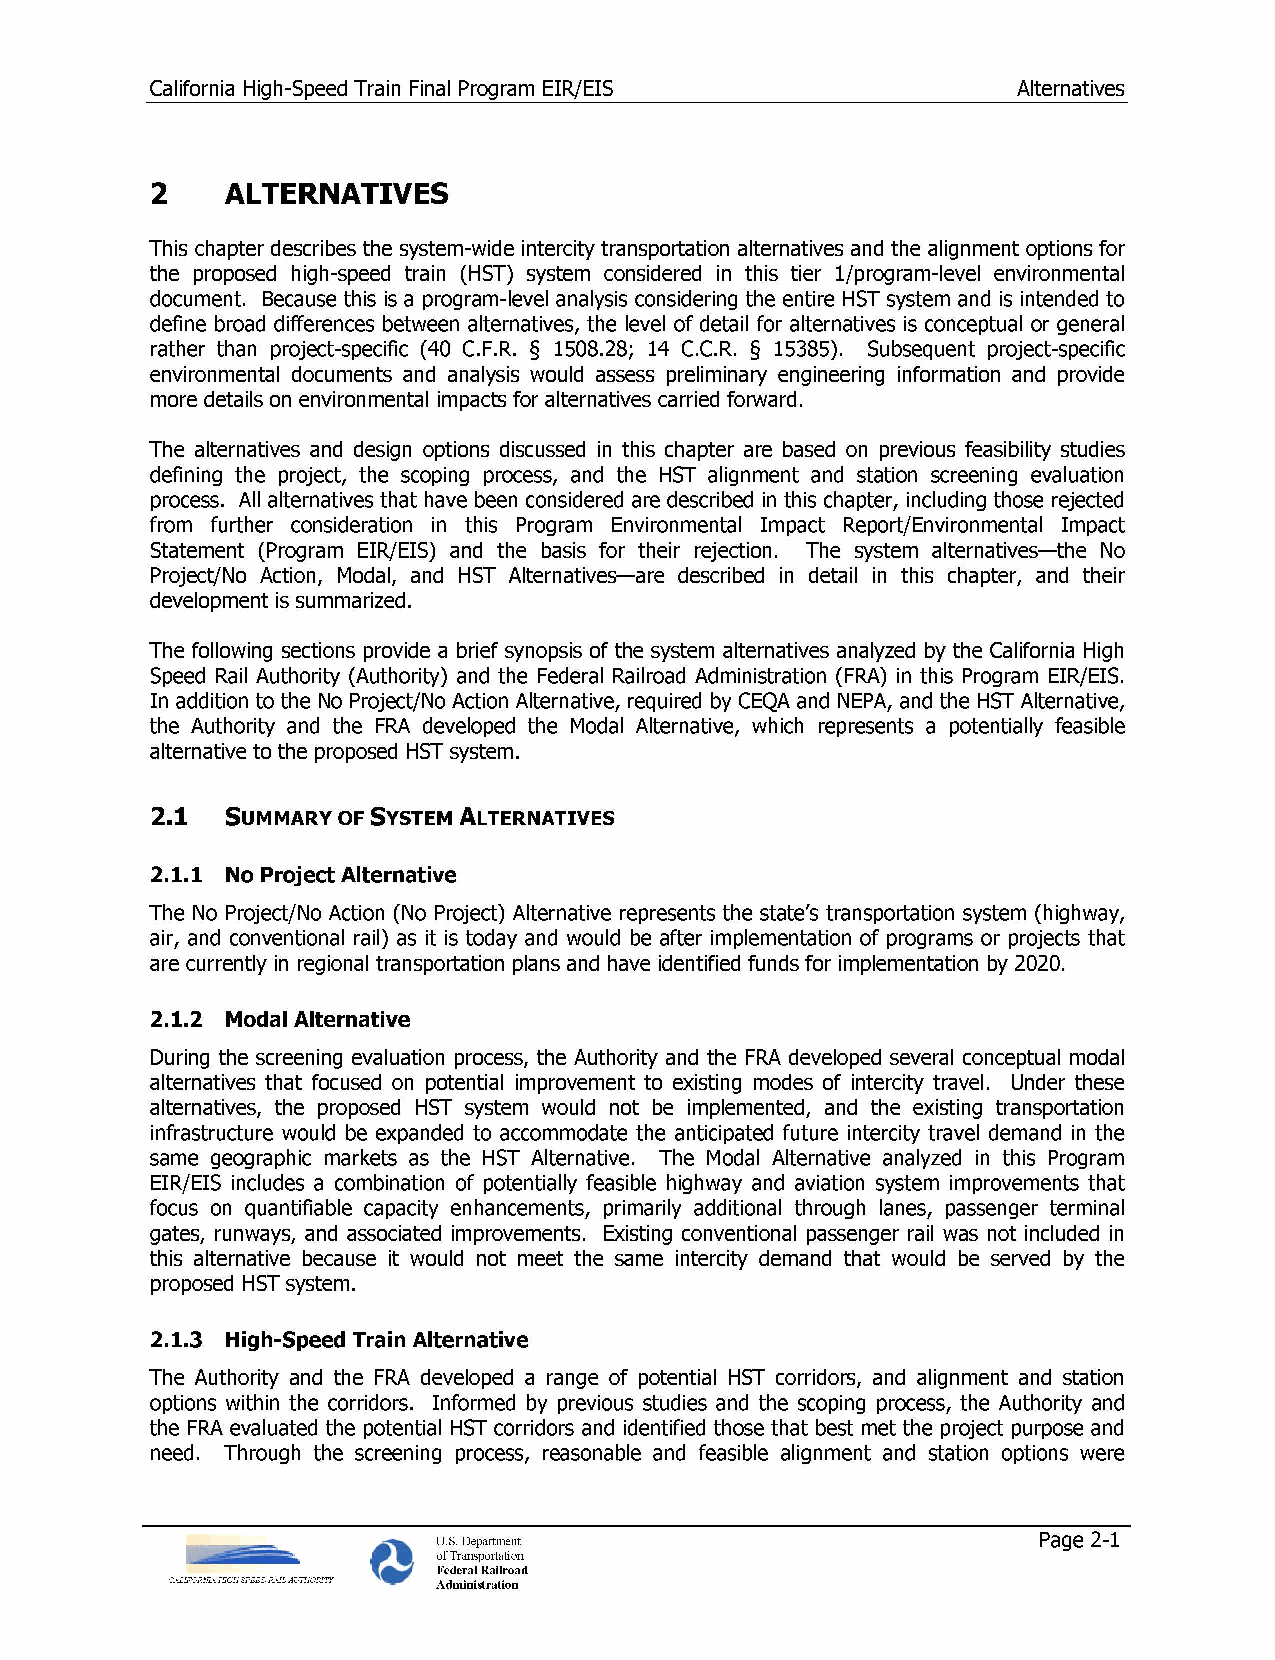
California High-Speed Train Final Program EIR/EIS        Alternatives
 2    ALTERNATIVES
 This chapter describes the system-wide intercity transportation alternatives and the alignment options for
 the proposed high-speed train (HST) system considered in this tier 1/program-level environmental
 document. Because this is a program-level analysis considering the entire HST system and is intended to
 define broad differences between alternatives, the level of detail for alternatives is conceptual or general
 rather than project-specific (40 C.F.R. § 1508.28; 14 C.C.R. § 15385). Subsequent project-specific
 environmental documents and analysis would assess preliminary engineering information and provide
 more details on environmental impacts for alternatives carried forward.
 The alternatives and design options discussed in this chapter are based on previous feasibility studies
 defining the project, the scoping process, and the HST alignment and station screening evaluation
 process. All alternatives that have been considered are described in this chapter, including those rejected
 from further consideration in this Program Environmental Impact Report/Environmental Impact
 Statement (Program EIR/EIS) and the basis for their rejection. The system alternatives-the No
 Project/No Action, Modal, and HST Alternatives-are described in detail in this chapter, and their
 development is summarized.
 The following sections provide a brief synopsis of the system alternatives analyzed by the California High
 Speed Rail Authority (Authority) and the Federal Railroad Administration (FRA) in this Program EIR/EIS.
 In addition to the No Project/No Action Alternative, required by CEQA and NEPA, and the HST Alternative,
 the Authority and the FRA developed the Modal Alternative, which represents a potentially feasible
 alternative to the proposed HST system.
 2.1  SUMMARY OF SYSTEM ALTERNATIVES
 2.1.1 No Project Alternative
 The No Project/No Action (No Project) Alternative represents the state's transportation system (highway,
 air, and conventional rail) as it is today and would be after implementation of programs or projects that
 are currently in regional transportation plans and have identified funds for implementation by 2020.
 2.1.2 Modal Alternative
 During the screening evaluation process, the Authority and the FRA developed several conceptual modal
 alternatives that focused on potential improvement to existing modes of intercity travel. Under these
 alternatives, the proposed HST system would not be implemented, and the existing transportation
 infrastructure would be expanded to accommodate the anticipated future intercity travel demand in the
 same geographic markets as the HST Alternative. The Modal Alternative analyzed in this Program
 EIR/EIS includes a combination of potentially feasible highway and aviation system improvements that
 focus on quantifiable capacity enhancements, primarily additional through lanes, passenger terminal
 gates, runways, and associated improvements. Existing conventional passenger rail was not included in
 this alternative because it would not meet the same intercity demand that would be served by the
 proposed HST system.
 2.1.3 High-Speed Train Alternative
 The Authority and the FRA developed a range of potential HST corridors, and alignment and station
 options within the corridors. Informed by previous studies and the scoping process, the Authority and
 the FRA evaluated the potential HST corridors and identified those that best met the project purpose and
 need. Through the screening process, reasonable and feasible alignment and station options were
 U.S. Department                         Page 2-1
 of Transportation
 Federal Railroad
 Administration